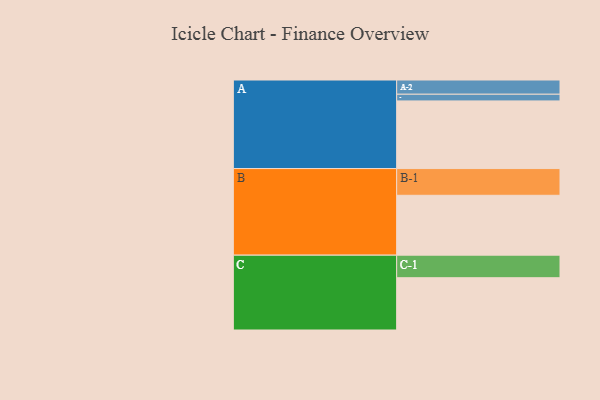
{"axis": {"x": "Segment", "y": "Value"}, "legend": ["", "A", "B", "C"], "data": [{"x": "A", "y": 585, "type": ""}, {"x": "B", "y": 518, "type": ""}, {"x": "C", "y": 452, "type": ""}, {"x": "A-1", "y": 58, "type": "A"}, {"x": "A-2", "y": 123, "type": "A"}, {"x": "B-1", "y": 231, "type": "B"}, {"x": "C-1", "y": 195, "type": "C"}]}